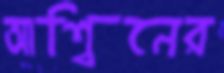
আশ্বিনের